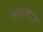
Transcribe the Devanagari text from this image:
लवज्वाय